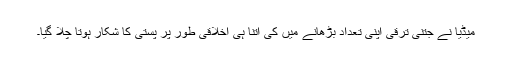
میڈیا نے جتنی ترقی اپنی تعداد بڑھانے میں کی اتنا ہی اخلاقی طور پر پستی کا شکار ہوتا چلا گیا۔